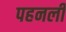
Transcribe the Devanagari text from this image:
पहनली